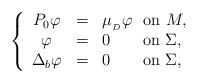
LaTeX: \begin{align*}\left \{ \begin{array}{ccl}P_{0}\varphi & = & \mu _{_{D}}\varphi \ \ \mathrm{on\ }M, \\ \varphi & = & 0\ \ \ \ \ \ \mathrm{on\ }\Sigma , \\ \Delta _{b}\varphi & = & 0\ \ \ \ \ \ \mathrm{on}\ \Sigma ,\end{array}\right. \end{align*}